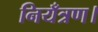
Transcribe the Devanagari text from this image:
नियँत्रण।